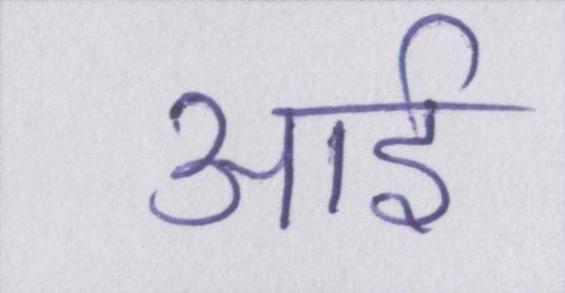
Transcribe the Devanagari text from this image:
आई